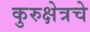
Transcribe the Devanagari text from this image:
कुरुक्षेत्रचे